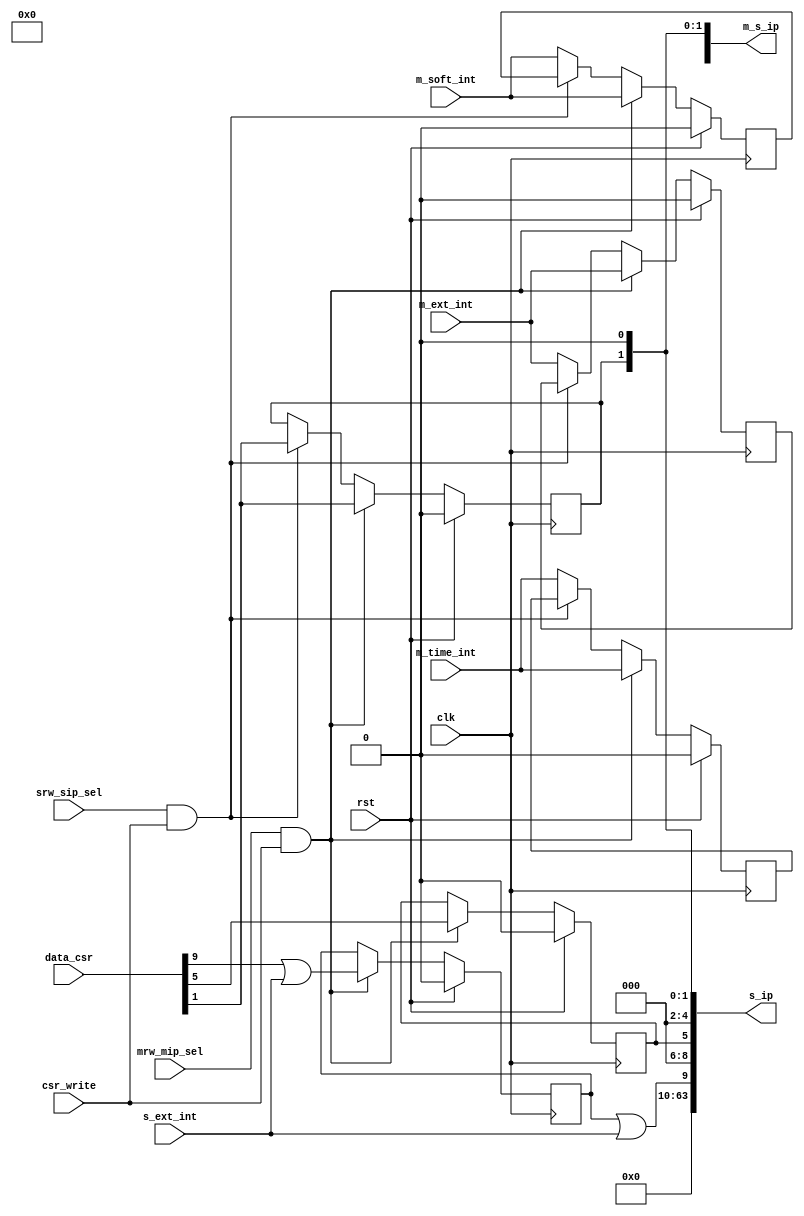
module m_s_ip(
input wire clk,
input wire rst,

//
input wire m_time_int,
input wire m_soft_int,
input wire m_ext_int,	//M
input wire s_ext_int,	//S

//
input wire mrw_mip_sel,
input wire srw_sip_sel,
input wire csr_write,
output wire [63:0]m_s_ip,
output wire [63:0]s_ip,
input wire [63:0]data_csr

);

reg ssip;
reg msip;
reg stip;
reg mtip;
reg seip;
reg meip;


always@(posedge clk)begin
	if(rst)begin
		ssip<=	1'b0;
		msip<=	1'b0;
		stip<=	1'b0;
		mtip<=	1'b0;
		seip<=	1'b0;
		meip<=	1'b0;
	end
	else if(mrw_mip_sel & csr_write)begin
		ssip<=	data_csr[1];
		msip<=	m_soft_int;
		stip<=	data_csr[5];
		mtip<=	m_time_int;
		seip<=	data_csr[9] | s_ext_int;
		meip<=	m_ext_int;
	end
	else if(srw_sip_sel & csr_write)begin
		ssip<=  data_csr[1];
	end
	else begin
		msip<=	m_soft_int;
		mtip<=	m_time_int;
		meip<=	m_ext_int;
	end
end
// seips
assign m_s_ip	=	{52'b0,meip,1'b0,(seip|s_ext_int),1'b0,mtip,1'b0,stip,1'b0,msip,1'b0,ssip,1'b0};
assign s_ip		=	{54'b0,(seip|s_ext_int),3'b0,stip,3'b0,ssip,1'b0};


endmodule